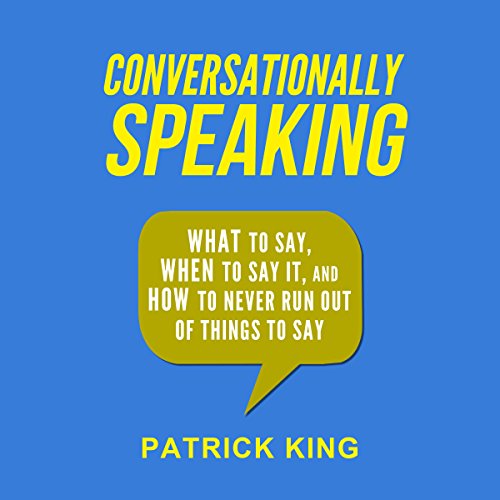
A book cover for Conversationally Speaking: What to Say, When to Say It, and How to Never Run out of Things to Say; Patrick King; Self-Help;